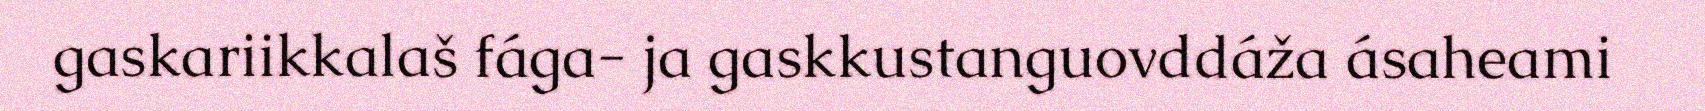
gaskariikkalaš fága- ja gaskkustanguovddáža ásaheami